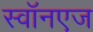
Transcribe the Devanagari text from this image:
स्वॉनएज